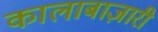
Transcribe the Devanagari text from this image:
कालाबाज़ारी